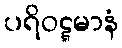
ပရိဝဋ္ဋမာနံ